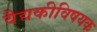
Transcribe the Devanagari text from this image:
वैद्यकीविषयक